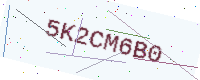
Text: 5K2CM6B0